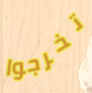
تخرجوا